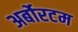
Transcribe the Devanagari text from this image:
अर्बोरटम